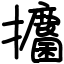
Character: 攟